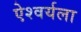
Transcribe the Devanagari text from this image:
ऐश्वर्यला